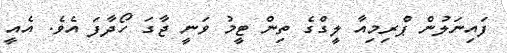
ފައިނަލުން ޕްރިމިއާ ލީގްގެ ތިން ޓީމު ވަނީ ޖާގަ ހޯދާފަ އެވެ. އެއީ